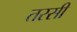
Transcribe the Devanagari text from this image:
तरसी